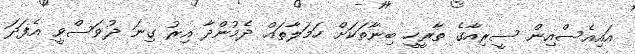
އައިއެސްއިން ސީރިއާގެ ތާރީހީ ބިނާތަކަށް ހަމަލާތައް ދެމުންދާ އިރު ގިނަ ދުވަސްވީ އެފަދަ